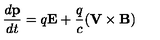
\frac { d { \bf p } } { d t } = q { \bf E } + \frac { q } { c } ( { \bf V } \times { \bf B } )